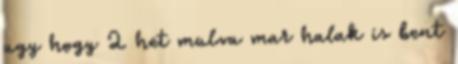
ugy hogy 2 het mulva mar halak is bent